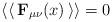
LaTeX: \begin{align*}\left\langle \left< \, \mathbf{F}_{\mu \nu }(x)\, \right> \right\rangle =0\end{align*}